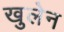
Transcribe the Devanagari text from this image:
खुलेन